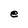
Character: e